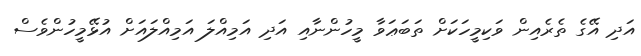
އަދި އޭގެ ތެރެއިން ވަކިމީހަކަށް ތަބަޢަވާ މީހުންނާއި އަދި އަމިއްލަ އަމިއްލައަށް އުޅޭމީހުންވެސް